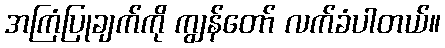
အကြံပြုချက်ကို ကျွန်တော် လက်ခံပါတယ်။